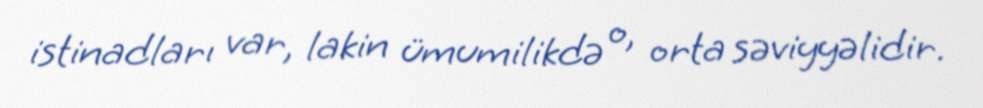
istinadları var, lakin ümumilikdə o, orta səviyyəlidir.